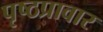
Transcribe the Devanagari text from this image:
पृष्ठप्रावार